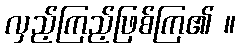
လှည့်ကြည့်ဖြစ်ကြ၏ ။